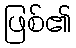
ဖြစ်၏